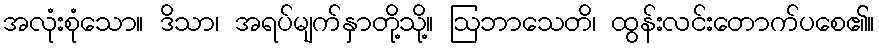
အလုံးစုံသော။ ဒိသာ၊ အရပ်မျက်နှာတို့သို့။ ဩဘာသေတိ၊ ထွန်းလင်းတောက်ပစေ၏။